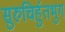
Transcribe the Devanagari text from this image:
सुरुचिर्हुतभुग